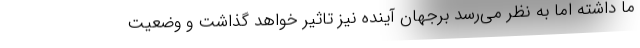
ما داشته اما به نظر می‌رسد برجهان آینده نیز تاثیر خواهد گذاشت و وضعیت